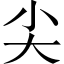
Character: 尖